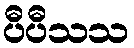
ပီပီသသ